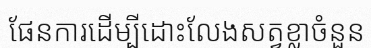
ផែនការដើម្បីដោះលែងសត្វខ្លាចំនួន